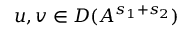
u , v \in D ( A ^ { s _ { 1 } + s _ { 2 } } )